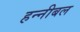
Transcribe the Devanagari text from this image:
हन्नीबल